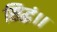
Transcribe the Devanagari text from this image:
सिद्धं।।